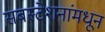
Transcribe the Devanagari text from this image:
सबस्टेशनांमधून